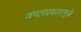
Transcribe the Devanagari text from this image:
जंगलप्रकारामुळे